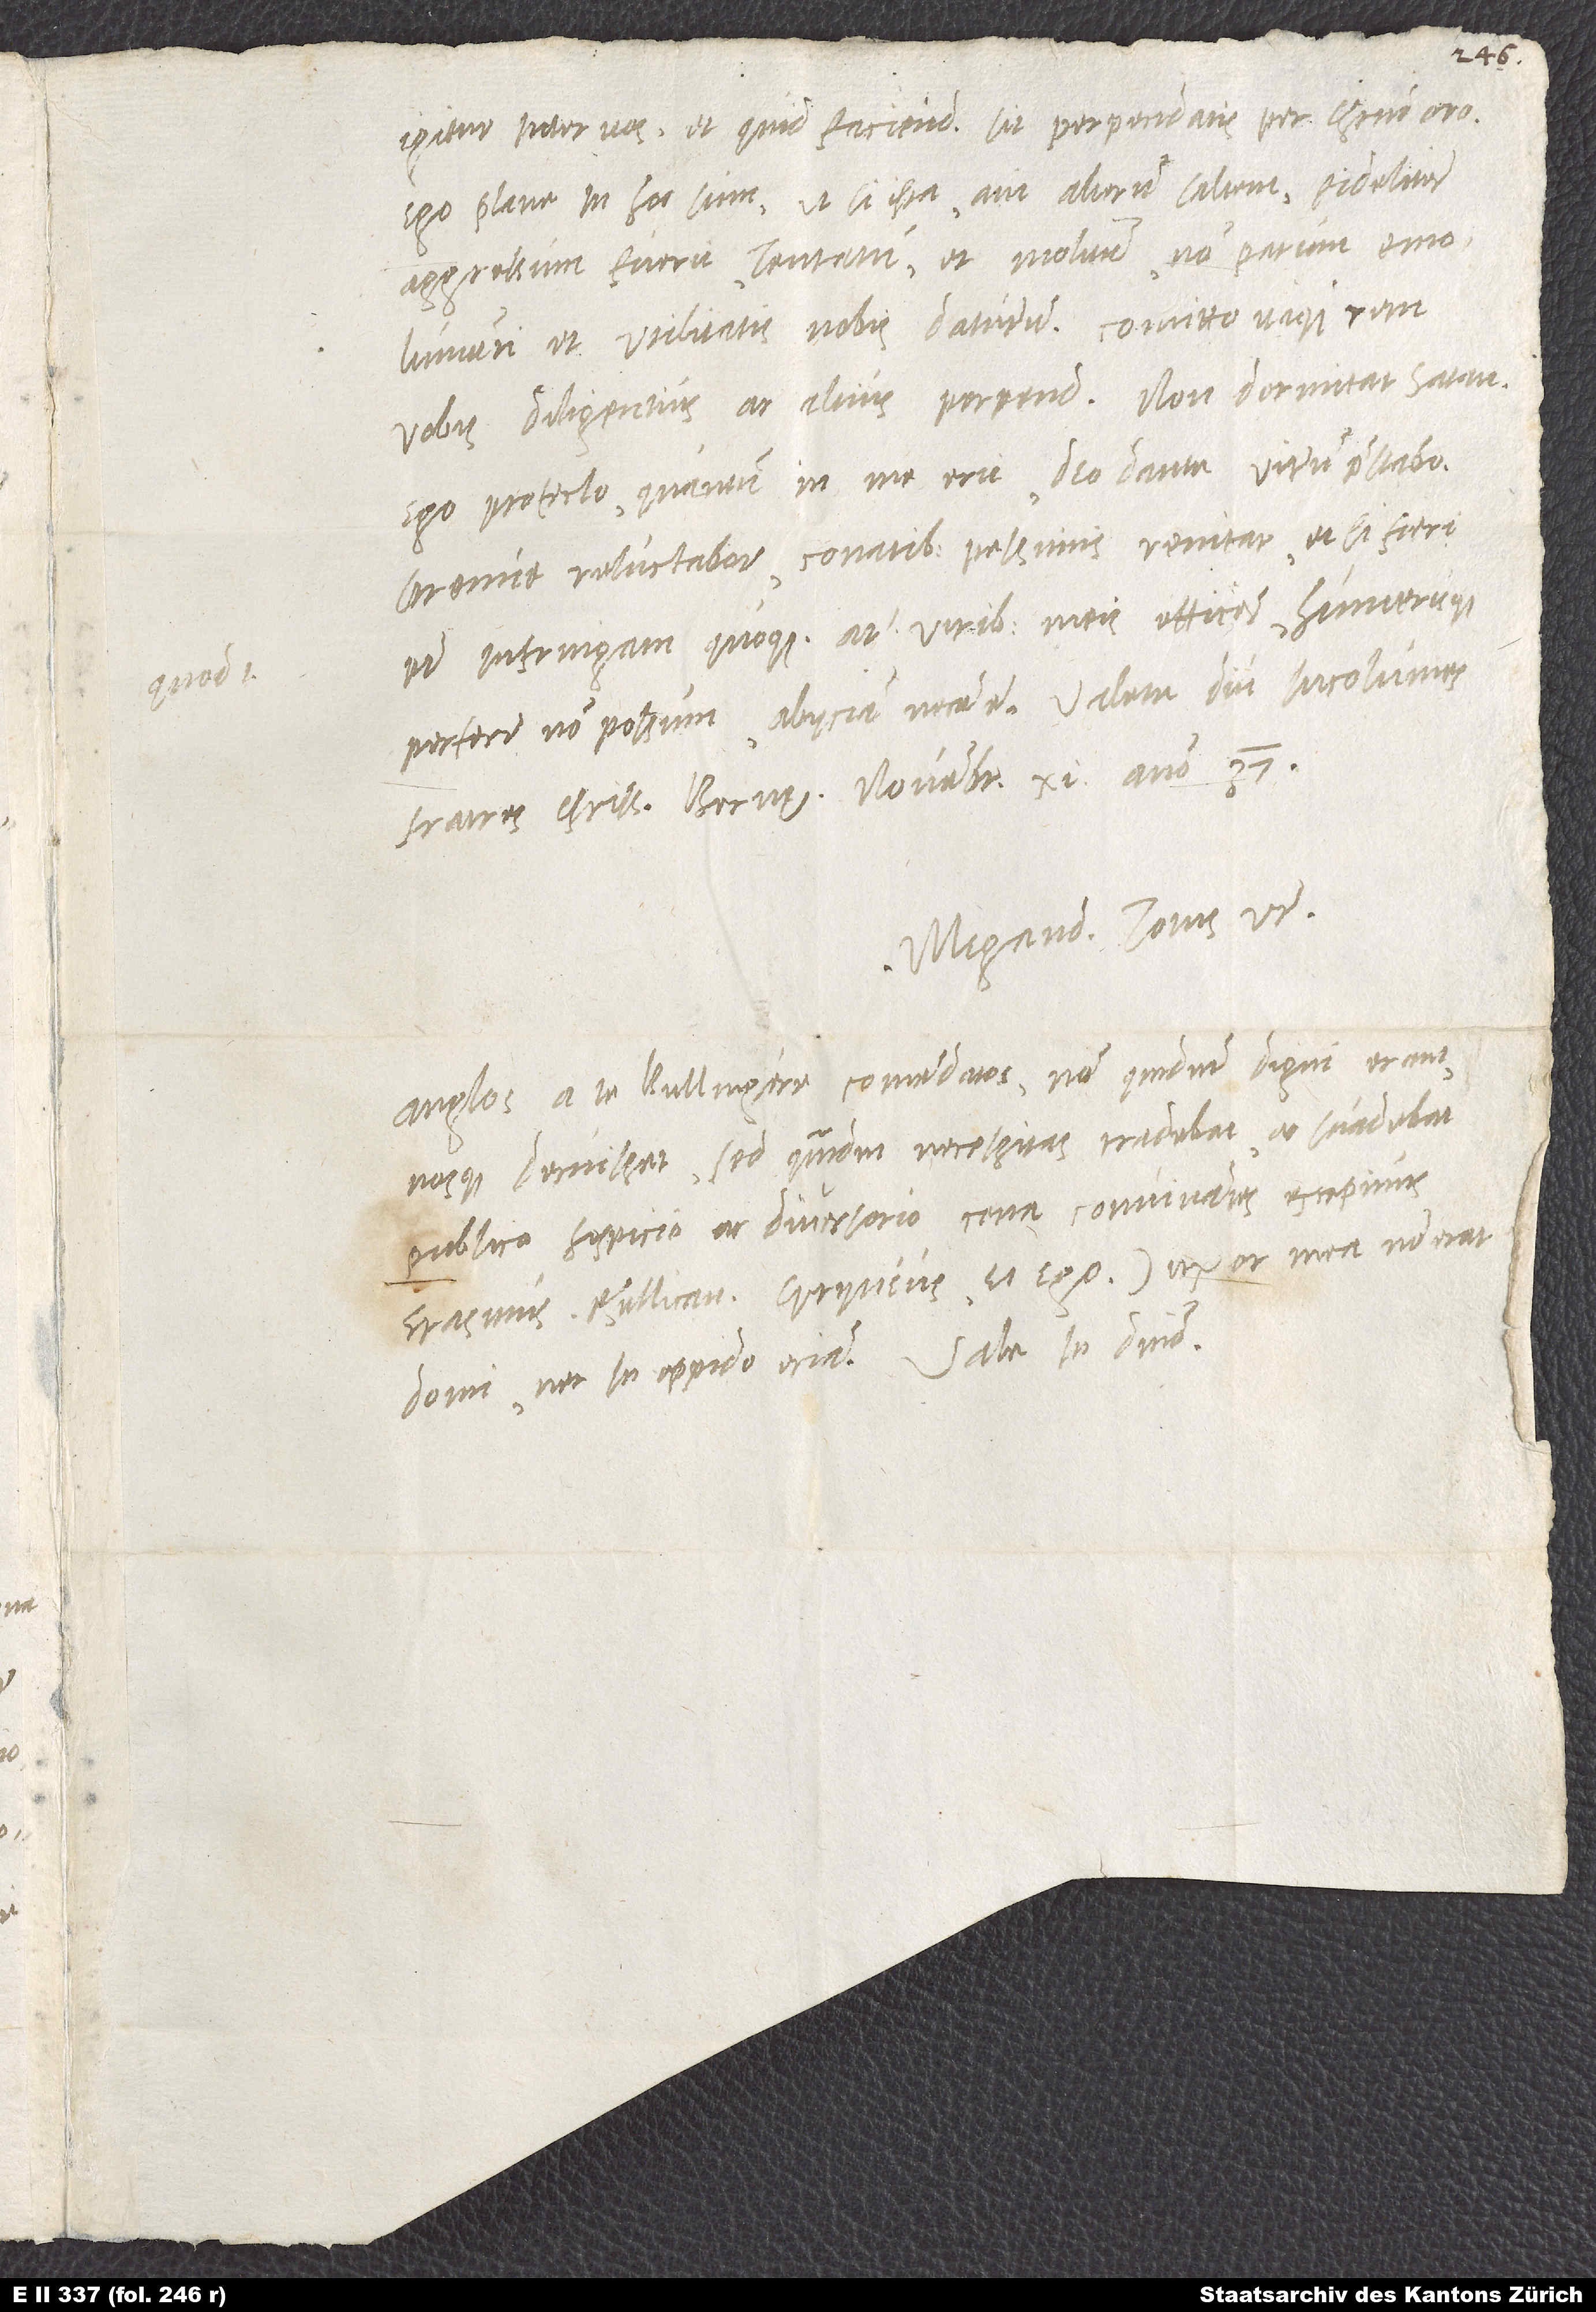
Ego profecto, quantum in me erit, deo dante virum praestabo,
strenue reluctabor, conatibus pessimis renitar et, si fieri
potest, infringam quoque. At quod viribus meis efficere humerisque
perferre non possum, abiiciam necesse est. Valete diu incolumes,
fratres charissimi. Bernę, novembris 11. anno 37.
Megand. totus vester.
Anglos a te, Bullingere, comendatos non, quemadmodum digni erant
nosque decuisset, sed quemadmodum necessitas tradebat ac suadebat,
publico hospicio ac diversorio cena convivantes excepimus
Erasmus, Rhellicanus, Gryneus et ego. Uxor mea non erat
domi nec in oppido eciam. Vale in domino.